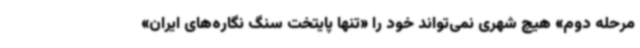
مرحله دوم» هیچ شهری نمی‌تواند خود را «تنها پایتخت سنگ نگاره‌های ایران»